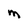
Character: M